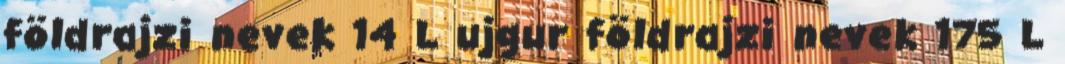
földrajzi nevek‎ 14 L ujgur földrajzi nevek‎ 175 L